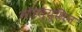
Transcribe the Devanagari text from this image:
नोरल्युसिन